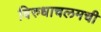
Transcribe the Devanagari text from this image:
विरुधाचलमची